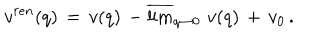
LaTeX: v ^ { r e n } ( q ) \, = \, v ( q ) \, - \overline { { { \lim } } } _ { q \to 0 } \, v ( q ) \, + \, v _ { 0 } \, { . }